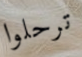
ترحلوا